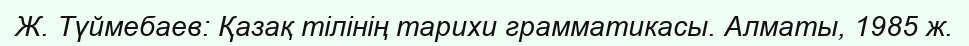
Ж. Түймебаев: Қазақ тілінің тарихи грамматикасы. Алматы, 1985 ж.